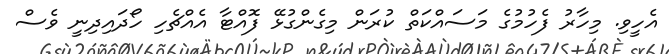
އެހީވި. މިހާރު ފެހުމުގެ މަސައްކަތް ކުރަން މިގެންގުޅޭ ފޮއްޓާ އެއްޗެހި ހޯދައިދިނީ ވެސް